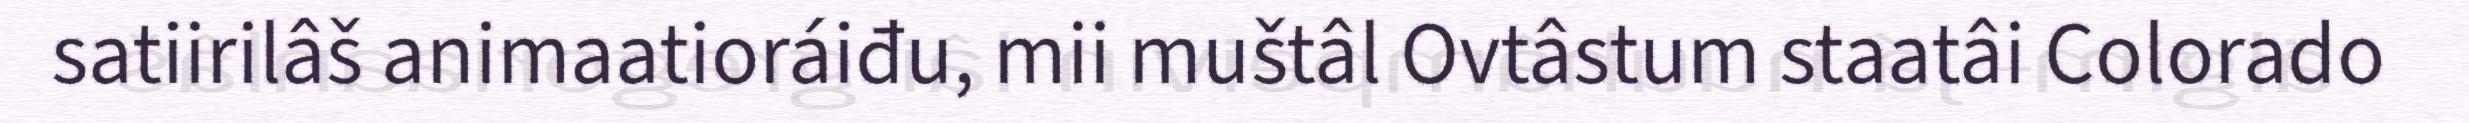
satiirilâš animaatioráiđu, mii muštâl Ovtâstum staatâi Colorado